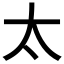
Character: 太